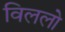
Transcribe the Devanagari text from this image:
विललो